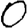
Digit: 0